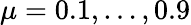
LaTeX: \mu=0.1,\dots,0.9